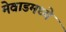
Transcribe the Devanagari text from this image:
मेवाडमध्ये